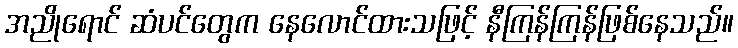
အညိုရောင် ဆံပင်တွေက နေလောင်ထားသဖြင့် နီကြန်ကြန်ဖြစ်နေသည်။